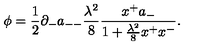
\phi = { \frac { 1 } { 2 } } \partial _ { - } a _ { -- } { \frac { \lambda ^ { 2 } } { 8 } } { \frac { x ^ { + } a _ { - } } { 1 + { \frac { \lambda ^ { 2 } } { 8 } } x ^ { + } x ^ { - } } } .